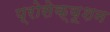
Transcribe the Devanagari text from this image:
प्रोसेक्यूशन